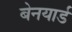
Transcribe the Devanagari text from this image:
बेनयार्ड